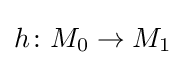
h\colon M_{0}\rightarrow M_{1}